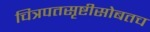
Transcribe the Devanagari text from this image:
चित्रपतसृष्टीसोबतच